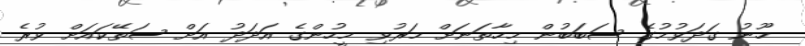
ހޫނު ގަދަވުމުގެ ސަބަބުން މިހާތަނަށް މަރުވި މީހުންގެ އަދަދު އަށް ސަތޭކައަށް ވުރެ